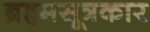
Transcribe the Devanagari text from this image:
ब्रह्रमसूत्रकार